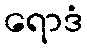
ရောဒံ